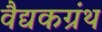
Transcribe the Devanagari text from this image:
वैद्यकग्रंथ